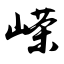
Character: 嵘